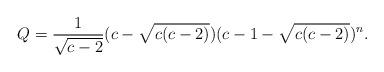
LaTeX: \begin{align*} Q=\frac{1}{\sqrt{c-2}}(c-\sqrt{c(c-2)})(c-1-\sqrt{c(c-2)})^n.\end{align*}